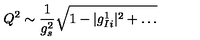
Q ^ { 2 } \sim \frac { 1 } { g _ { s } ^ { 2 } } \sqrt { 1 - | g _ { I i } ^ { 1 } | ^ { 2 } + \dots }